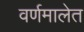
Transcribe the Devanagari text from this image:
वर्णमालेत